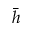
\bar { h }